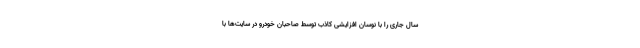
سال جاری را با نوسان افزایشی کاذب توسط صاحبان خودرو در سایت‌ها با